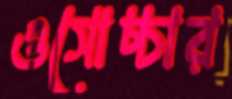
ওসোচ্চার